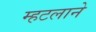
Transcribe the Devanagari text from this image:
म्हटलाने